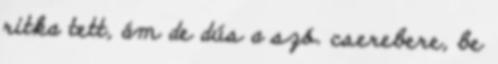
ritka tett, ám de dús a szó. cserebere, be